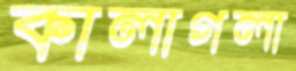
কালাগলা